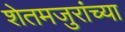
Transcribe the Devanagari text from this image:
शेतमजुरांच्या